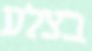
בצלע